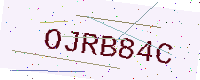
Text: OJRB84C